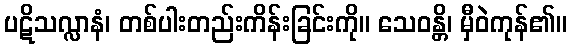
ပဋိသလ္လာနံ၊ တစ်ပါးတည်းကိန်းခြင်းကို။ သေဝန္တိ၊ မှီဝဲကုန်၏။